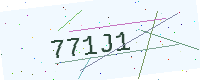
Text: 771J1